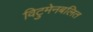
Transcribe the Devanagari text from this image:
विटुमेनबलित